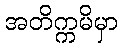
အတိက္ကမိမှာ